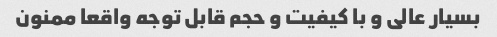
بسیار عالی و با کیفیت و حجم قابل توجه واقعا ممنون